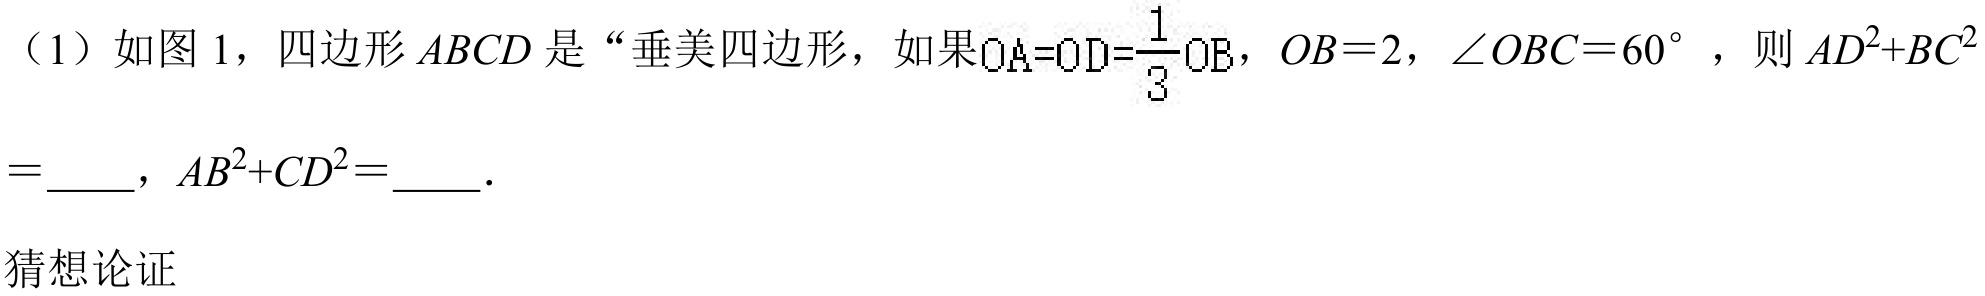
（1）如图 1，四边形$ABCD$是“垂美四边形，如果$OA = OD=\frac{1}{3}OB$，$OB = 2$，$\angle OBC = 60^{\circ}$，则$AD^{2}+BC^{2}=$  ，$AB^{2}+CD^{2}=$  ．

猜想论证